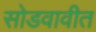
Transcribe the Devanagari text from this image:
सोडवावीत